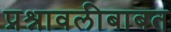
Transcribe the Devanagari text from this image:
प्रश्नावलीबाबत